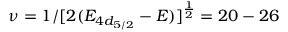
\nu = 1 / [ 2 ( E _ { 4 d _ { 5 / 2 } } - E ) ] ^ { \frac { 1 } { 2 } } = 2 0 - 2 6